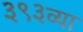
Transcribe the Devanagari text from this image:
३९३व्या